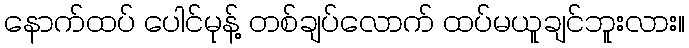
နောက်ထပ် ပေါင်မုန့် တစ်ချပ်လောက် ထပ်မယူချင်ဘူးလား။